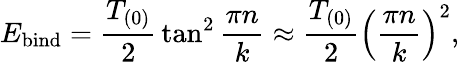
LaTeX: E_{\mathrm{bind}}={\frac{T_{(0)}}{2}}\tan^{2}{\frac{\pi n}{k}}\approx{\frac{T_{(0)}}{2}}\left({\frac{\pi n}{k}}\right)^{2},